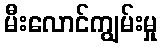
မီးလောင်ကျွမ်းမှု